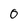
Character: 0